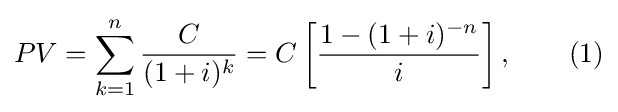
PV=\sum _{k=1}^{n}{\frac {C}{(1+i)^{k}}}=C\left[{\frac {1-(1+i)^{-n}}{i}}\right],\qquad (1)